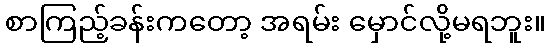
စာကြည့်ခန်းကတော့ အရမ်း မှောင်လို့မရဘူး။